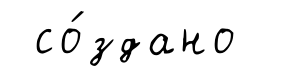
со́здано